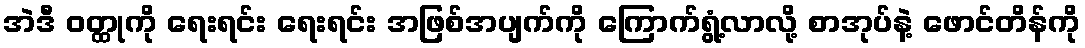
အဲဒီ ဝတ္ထုကို ရေးရင်း ရေးရင်း အဖြစ်အပျက်ကို ကြောက်ရွံ့လာလို့ စာအုပ်နဲ့ ဖောင်တိန်ကို